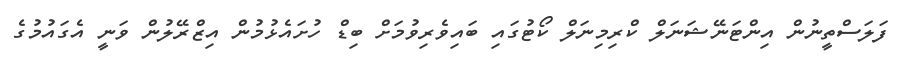
ފަލަސްތީނުން އިންޓަނޭޝަނަލް ކްރިމިނަލް ކޯޓުގައި ބައިވެރިވުމަށް ބިޑް ހުށައެޅުމުން އިޒްރޭލުން ވަނީ އެގައުމުގެ